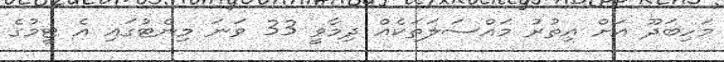
މަހިބަދޫ އަށް އިތުރު މައްސަލަތަކެއް ދިމާވީ 33 ވަނަ މިނެޓުގައި އެ ޓީމުގެ